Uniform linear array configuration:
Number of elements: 12
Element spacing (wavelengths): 0.5
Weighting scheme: exponential
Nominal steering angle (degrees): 15
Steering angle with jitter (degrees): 15.194
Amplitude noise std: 0.05
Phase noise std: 0.05

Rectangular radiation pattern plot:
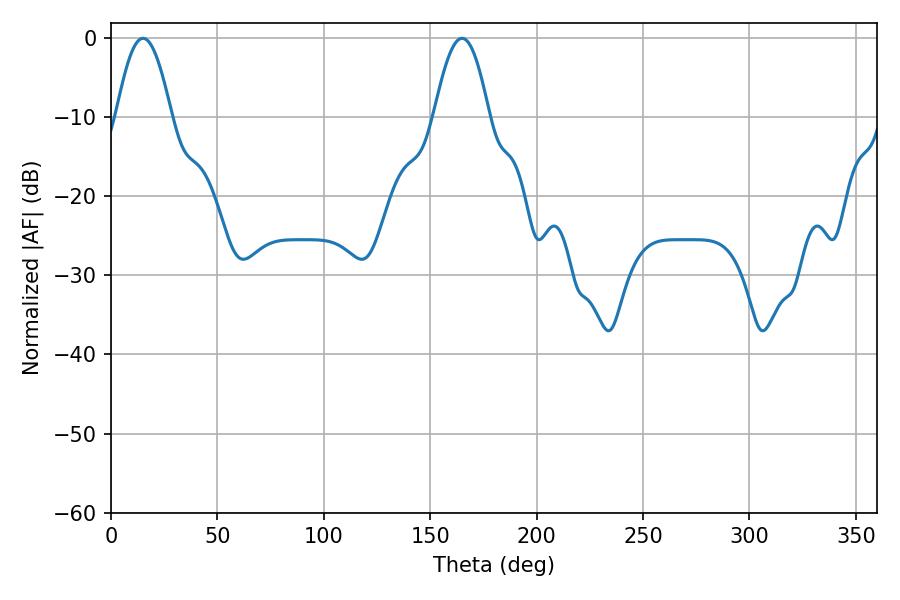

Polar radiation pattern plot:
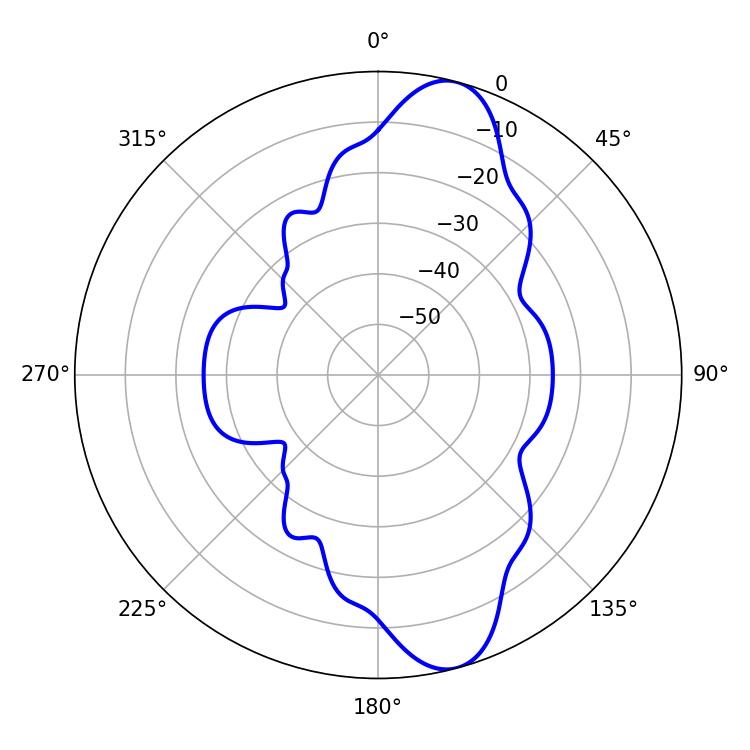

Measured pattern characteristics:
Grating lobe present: FALSE
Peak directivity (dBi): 11.3
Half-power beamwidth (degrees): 14.04
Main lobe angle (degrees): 15.12